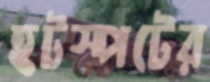
হটস্পটের